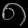
Digit: ၈